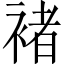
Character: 褚